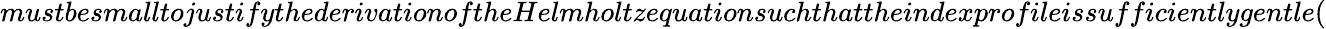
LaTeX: mustbesmalltojustifythederivationoftheHelmholtzequationsuchthattheindexprofileissufficientlygentle(